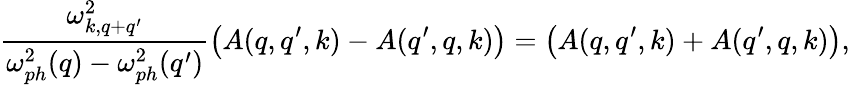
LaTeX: \frac{\omega_{k,q+q^{\prime}}^{2}}{\omega_{ph}^{2}(q)-\omega_{ph}^{2}(q^{\prime})}\left(A(q,q^{\prime},k)-A(q^{\prime},q,k)\right)=\left(A(q,q^{\prime},k)+A(q^{\prime},q,k)\right),